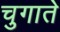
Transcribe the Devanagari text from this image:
चुगाते